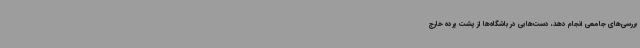
بررسی‌های جامعی انجام دهد، دست‌هایی در باشگاه‌ها از پشت پرده خارج